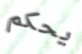
يحكم